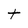
Character: t